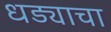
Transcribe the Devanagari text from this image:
धड्याचा